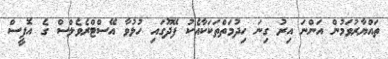
ތައްޔާރުވަމުން އަންނަ އިރު ގިނަ ހިދުމަތްތަކަކާއެކު ފޭދޫގައި ހުޅުވާ އޭސްޓްރެވެލްސް ގެ އޮފީސް